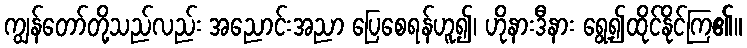
ကျွန်တော်တို့သည်လည်း အညောင်းအညာ ပြေစေရန်ဟူ၍၊ ဟိုနားဒီနား ရွေ့၍ထိုင်နိုင်ကြ၏။